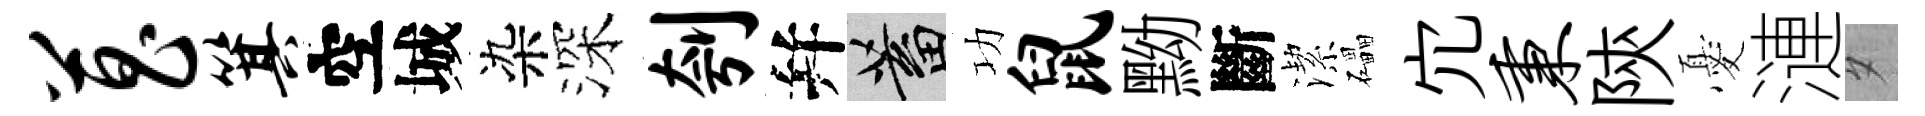
菖箕空城染深刳幷蓄功鼠黝斷潔礧宂秉陝憂漣夕